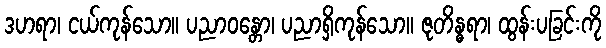
ဒဟရာ၊ ငယ်ကုန်သော။ ပညာဝန္တော၊ ပညာရှိကုန်သော။ ဇုတိန္ဓရာ၊ ထွန်းပခြင်းကို